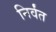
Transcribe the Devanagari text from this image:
निर्वंत